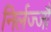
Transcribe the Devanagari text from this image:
निर्लज्जौ